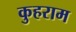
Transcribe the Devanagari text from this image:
कुहराम